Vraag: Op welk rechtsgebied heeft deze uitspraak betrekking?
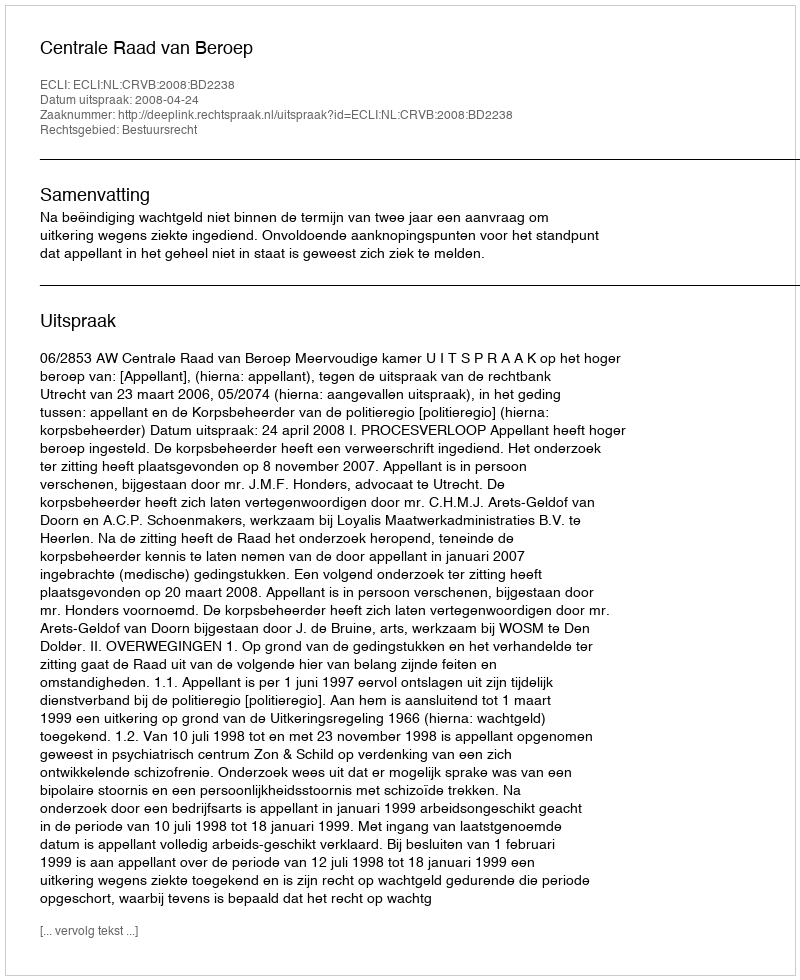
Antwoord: Bestuursrecht